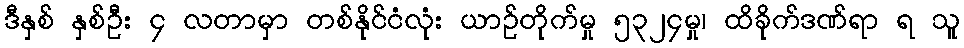
ဒီနှစ် နှစ်ဦး ၄ လတာမှာ တစ်နိုင်ငံလုံး ယာဉ်တိုက်မှု ၅၃၂၄မှု၊ ထိခိုက်ဒဏ်ရာ ရ သူ